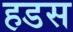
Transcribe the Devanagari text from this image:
हडस